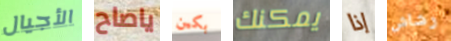
الأجيال ياصاح بكين يمكنك إذا رشاش